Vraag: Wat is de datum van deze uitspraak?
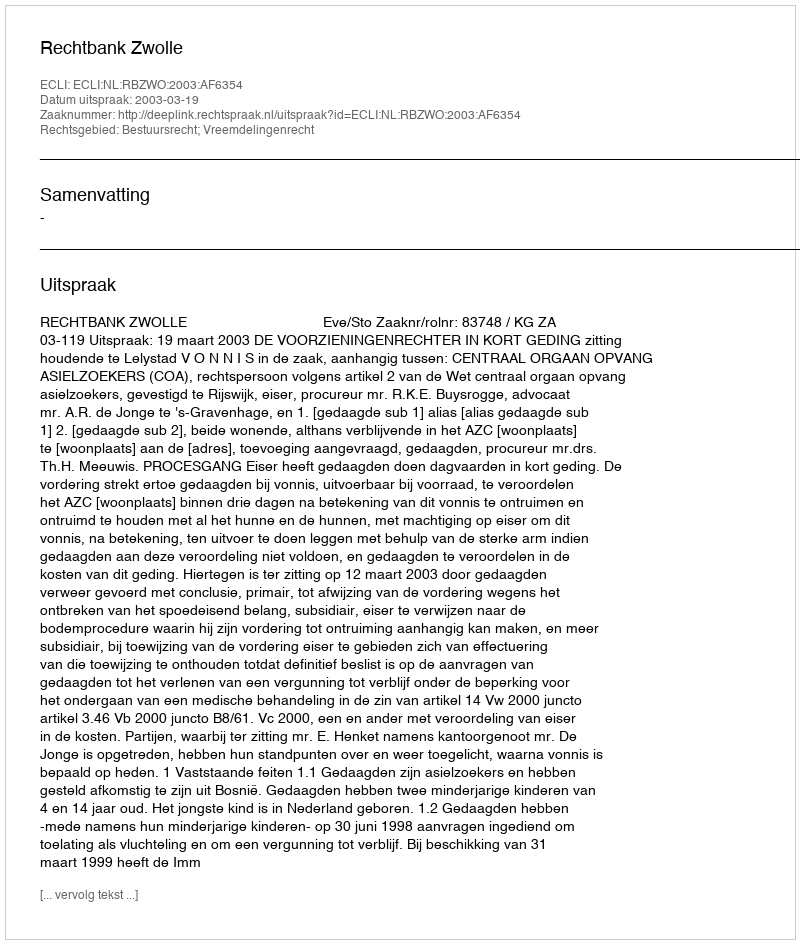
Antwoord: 2003-03-19